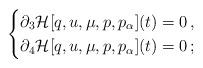
LaTeX: \begin{align*}\begin{cases} \partial_3 {\cal H}[q,u,\mu,p,p_{\alpha}](t)=0 \, ,\\ \partial_4 {\cal H}[q,u,\mu,p,p_{\alpha}](t)=0 \, ;\end{cases}\end{align*}